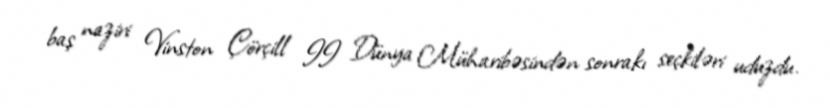
baş naziri Vinston Çörçill II Dünya Müharibəsindən sonrakı seçkiləri uduzdu.